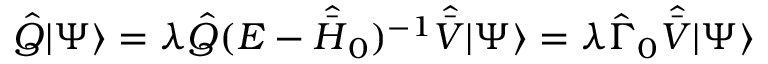
\hat { Q } | \Psi \rangle = \lambda \hat { Q } ( E - \hat { \bar { H } } _ { 0 } ) ^ { - 1 } \hat { \bar { V } } | \Psi \rangle = \lambda \hat { \Gamma } _ { 0 } \hat { \bar { V } } | \Psi \rangle